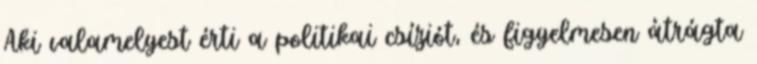
Aki valamelyest érti a politikai csíziót, és figyelmesen átrágta